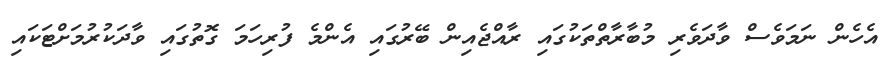
އެހެން ނަމަވެސް ވާދަވެރި މުބާރާތްތަކުގައި ރާއްޖެއިން ބޭރުގައި އެންމެ ފުރިހަމަ ގޮތުގައި ވާދަކުރުމަށްޓަކައި